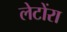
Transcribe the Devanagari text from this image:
लेटोंरा